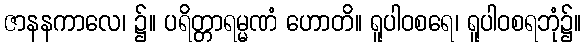
ဇာနနကာလေ၊ ၌။ ပရိတ္တာရမ္မဏံ ဟောတိ။ ရူပါဝစရေ၊ ရူပါဝစရဘုံ၌။